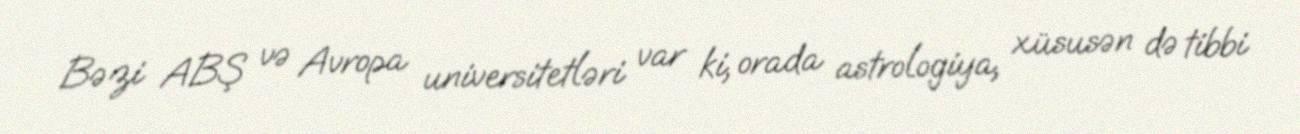
Bəzi ABŞ və Avropa universitetləri var ki, orada astrologiya, xüsusən də tibbi